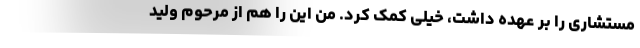
مستشاری را بر عهده داشت، خیلی کمک کرد. من این را هم از مرحوم ولید